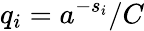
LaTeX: q_{i}=a^{-s_{i}}/C